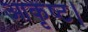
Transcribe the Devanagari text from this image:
आकृष्ट।